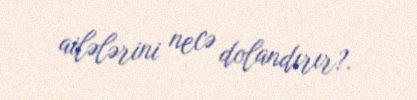
ailələrini necə dolandırır?.